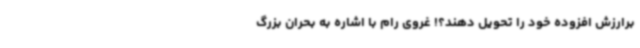
برارزش افزوده خود را تحویل دهند؟! غروی رام با اشاره به بحران بزرگ